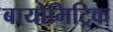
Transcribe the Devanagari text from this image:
बायोमिट्रिक